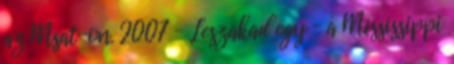
az Msat-on. 2007 – Leszakad egy – a Mississippi